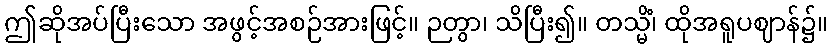
ဤဆိုအပ်ပြီးသော အဖွင့်အစဉ်အားဖြင့်။ ဉတွာ၊ သိပြီး၍။ တသ္မိံ၊ ထိုအရူပဈာန်၌။